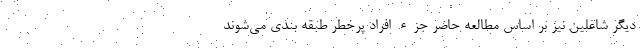
دیگر شاغلین نیز بر اساس مطالعه حاضر جزء افراد پرخطر طبقه بندی می‌شوند